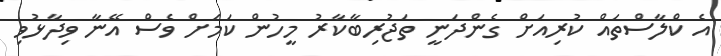
އެ ކްލާސްތައް ކުރިއަށް ގެންދަނީ ތަޖުރިބާކާރު މީހުން ކަމަށް ވެސް އޭނާ ވިދާޅުވި